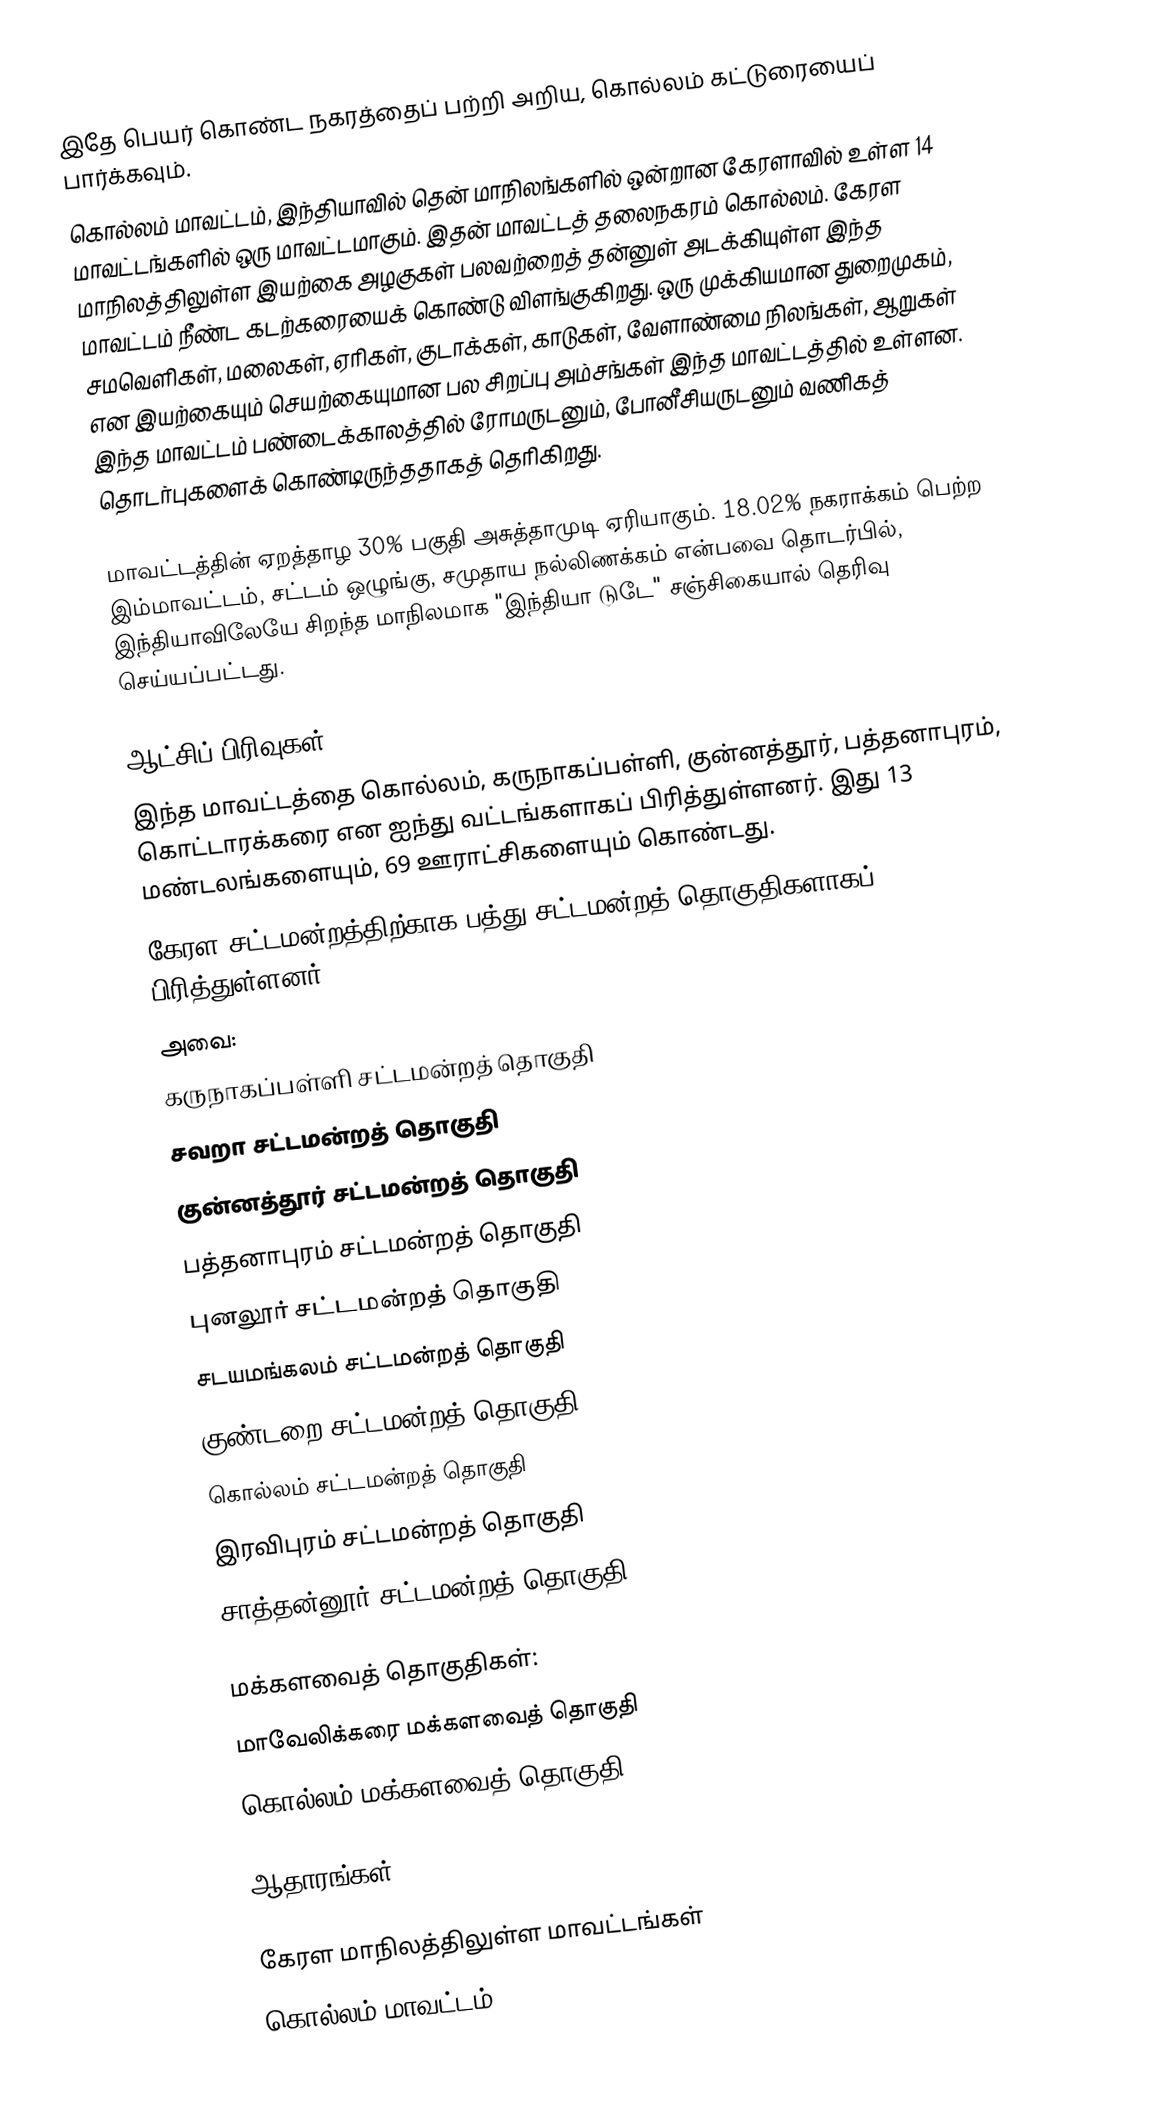
இதே பெயர் கொண்ட நகரத்தைப் பற்றி அறிய, கொல்லம் கட்டுரையைப் பார்க்கவும்.
கொல்லம் மாவட்டம், இந்தியாவில் தென் மாநிலங்களில் ஒன்றான கேரளாவில் உள்ள 14 மாவட்டங்களில் ஒரு மாவட்டமாகும். இதன் மாவட்டத் தலைநகரம் கொல்லம். கேரள மாநிலத்திலுள்ள இயற்கை அழகுகள் பலவற்றைத் தன்னுள் அடக்கியுள்ள இந்த மாவட்டம் நீண்ட கடற்கரையைக் கொண்டு விளங்குகிறது. ஒரு முக்கியமான துறைமுகம், சமவெளிகள், மலைகள், ஏரிகள், குடாக்கள், காடுகள், வேளாண்மை நிலங்கள், ஆறுகள் என இயற்கையும் செயற்கையுமான பல சிறப்பு அம்சங்கள் இந்த மாவட்டத்தில் உள்ளன. இந்த மாவட்டம் பண்டைக்காலத்தில் ரோமருடனும், போனீசியருடனும் வணிகத் தொடர்புகளைக் கொண்டிருந்ததாகத் தெரிகிறது.

மாவட்டத்தின் ஏறத்தாழ 30% பகுதி அசுத்தாமுடி ஏரியாகும். 18.02% நகராக்கம் பெற்ற இம்மாவட்டம், சட்டம் ஒழுங்கு, சமுதாய நல்லிணக்கம் என்பவை தொடர்பில், இந்தியாவிலேயே சிறந்த மாநிலமாக "இந்தியா டுடே" சஞ்சிகையால் தெரிவு செய்யப்பட்டது.

ஆட்சிப் பிரிவுகள்
இந்த மாவட்டத்தை கொல்லம், கருநாகப்பள்ளி, குன்னத்தூர், பத்தனாபுரம், கொட்டாரக்கரை என ஐந்து வட்டங்களாகப் பிரித்துள்ளனர். இது 13 மண்டலங்களையும், 69 ஊராட்சிகளையும் கொண்டது.
கேரள சட்டமன்றத்திற்காக பத்து சட்டமன்றத் தொகுதிகளாகப் பிரித்துள்ளனர்.
அவை:
கருநாகப்பள்ளி சட்டமன்றத் தொகுதி
சவறா சட்டமன்றத் தொகுதி
குன்னத்தூர் சட்டமன்றத் தொகுதி
பத்தனாபுரம் சட்டமன்றத் தொகுதி
புனலூர் சட்டமன்றத் தொகுதி
சடயமங்கலம் சட்டமன்றத் தொகுதி
குண்டறை சட்டமன்றத் தொகுதி
கொல்லம் சட்டமன்றத் தொகுதி
இரவிபுரம் சட்டமன்றத் தொகுதி
சாத்தன்னூர் சட்டமன்றத் தொகுதி

மக்களவைத் தொகுதிகள்:
மாவேலிக்கரை மக்களவைத் தொகுதி
கொல்லம் மக்களவைத் தொகுதி

ஆதாரங்கள்

கேரள மாநிலத்திலுள்ள மாவட்டங்கள்
கொல்லம் மாவட்டம்